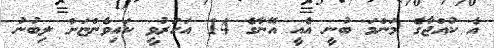
އެ ކުއްޖާގެ މަންމަ ބުނީ އެއީ އޭނާގެ 14 އަހަރުވީ ކައިވެންޏަށް ލިބުނު